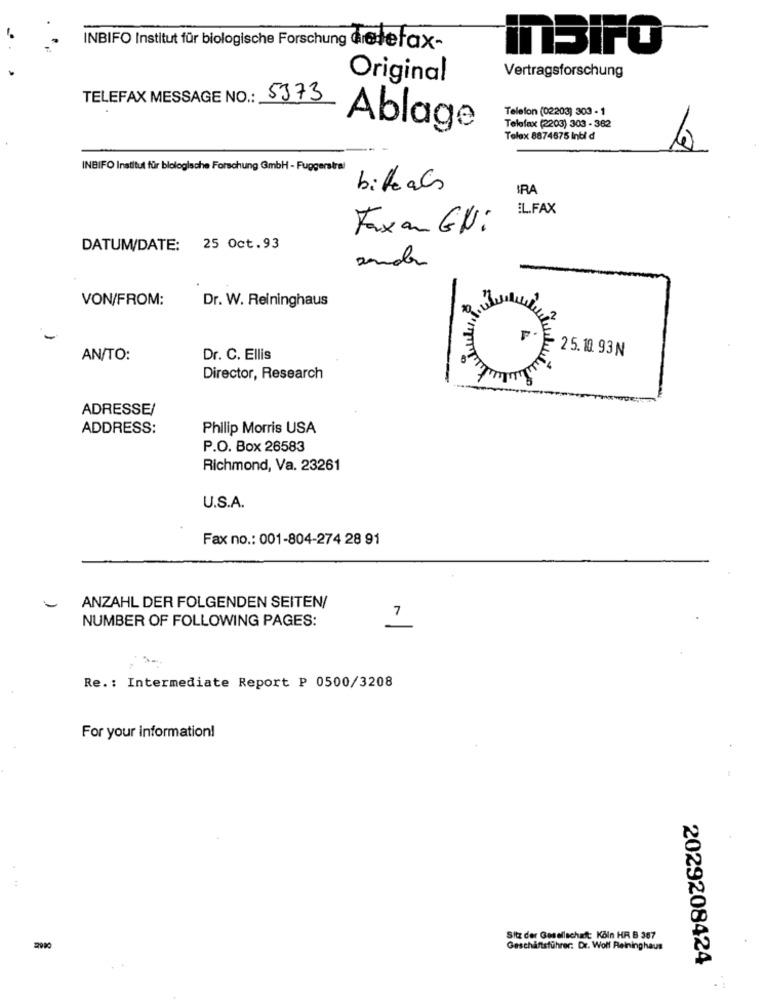
INBIFO Institut für biologische Forschung deletax-
InSiFO
Vertragsforschung
Original
TELEFAX MESSAGE NO .: 5373
Telefon (02203) 303 - 1
Ablage
Telefax (2203) 303 - 382
Telex 8874875 Inti d
G
INBIFO Institut für blologische Forschung GmbH - Fuggerstral
bitteals
IRA
EL.FAX
Faxan Gli
DATUM/DATE: 25 Oct.93
ander
VON/FROM:
Dr. W. Reininghaus
-2
F.
25.10. 93N
AN/TO:
Dr. C. Ellis
Director, Research
ADRESSE/
ADDRESS:
Philip Morris USA
P.O. Box 26583
Richmond, Va. 23261
U.S.A.
Fax no .: 001-804-274 28 91
-
ANZAHL DER FOLGENDEN SEITEN/
NUMBER OF FOLLOWING PAGES:
7
Re .: Intermediate Report P 0500/3208
For your information!
Sitz der Gesellschaft: Köln HR B 367
2010
Geschäftsführer: Dr. Wolf Reininghaus
2029208424